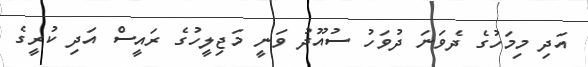
އަދި މިމަހުގެ ދެވަނަ ދުވަހު ސުއޫދު ވަނީ މަޖިލީހުގެ ރައީސް އަދި ކުރީގެ